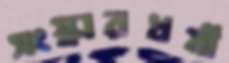
সংস্কারধর্মী